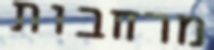
מרחבות